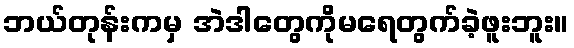
ဘယ်တုန်းကမှ အဲဒါတွေကိုမရေတွက်ခဲ့ဖူးဘူး။